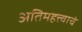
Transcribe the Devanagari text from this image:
अतिमहत्त्वाचे